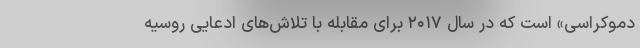
دموکراسی» است که در سال ۲۰۱۷ برای مقابله با تلاش‌های ادعایی روسیه